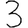
Digit: 3